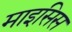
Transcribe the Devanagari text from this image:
माइसिस